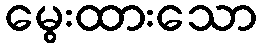
မွေးထားသော